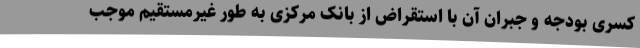
کسری بودجه و جبران آن با استقراض از بانک مرکزی به طور غیرمستقیم موجب